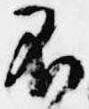
不